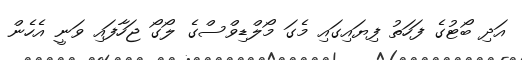
އަދި ބޯޓުގެ ފަހަތު ފިޔައިގައި މެގަ މޯލްޑިވްސްގެ ލޯގޯ ޖަހާފައި ވަނީ އެހެން